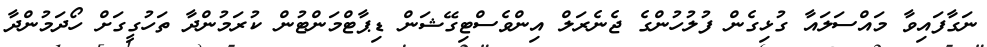
ނަގާފައިވާ މައްސަލައާ ގުޅިގެން ފުލުހުންގެ ޖެނެރަލް އިންވެސްޓިގޭޝަން ޑިޕާޓްމަންޓުން ކުރަމުންދާ ތަހުގީގަށް ހޯދަމުންދާ